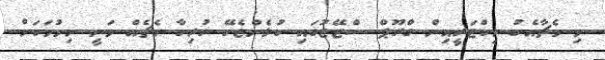
މި މެޗާއެކު ވިކްޓަރީއިން ގްރޫޕް ސްޓޭޖުގައި ކުޅެންޖެހޭ ހުރިހާ މެޗެއް ވަނީ ނިމުމަކަށް